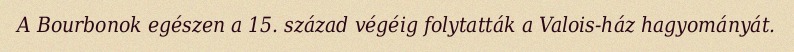
A Bourbonok egészen a 15. század végéig folytatták a Valois-ház hagyományát.